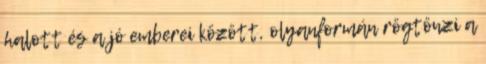
halott és a jó emberei között, olyanformán rögtönzi a